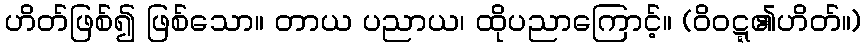
ဟိတ်ဖြစ်၍ ဖြစ်သော။ တာယ ပညာယ၊ ထိုပညာကြောင့်။ (ဝိဝဋ္ဋ၏ဟိတ်။)